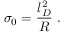
\sigma _ { 0 } = \frac { l _ { D } ^ { 2 } } { R } \; .